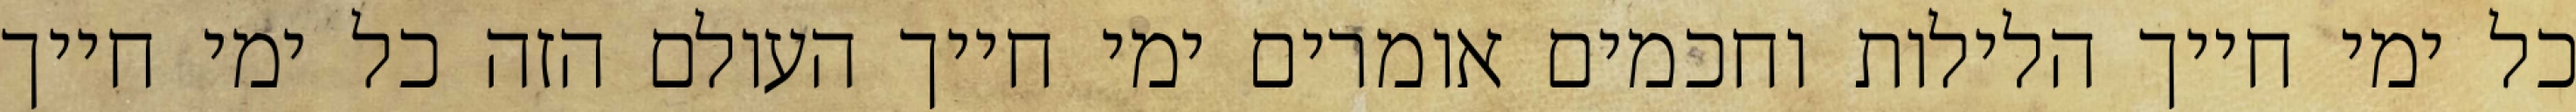
כל ימי חייך הלילות וחכמים אומרים ימי חייך העולם הזה כל ימי חייך